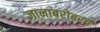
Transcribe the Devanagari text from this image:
ज्ञानाबरोबरच